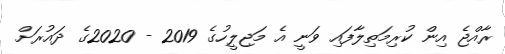
ރާއްޖެ އިން ކުރިމަތިލާފައި ވަނީ އެ މަޖިލީހުގެ 2019 - 2020ގެ ދައުރަށް